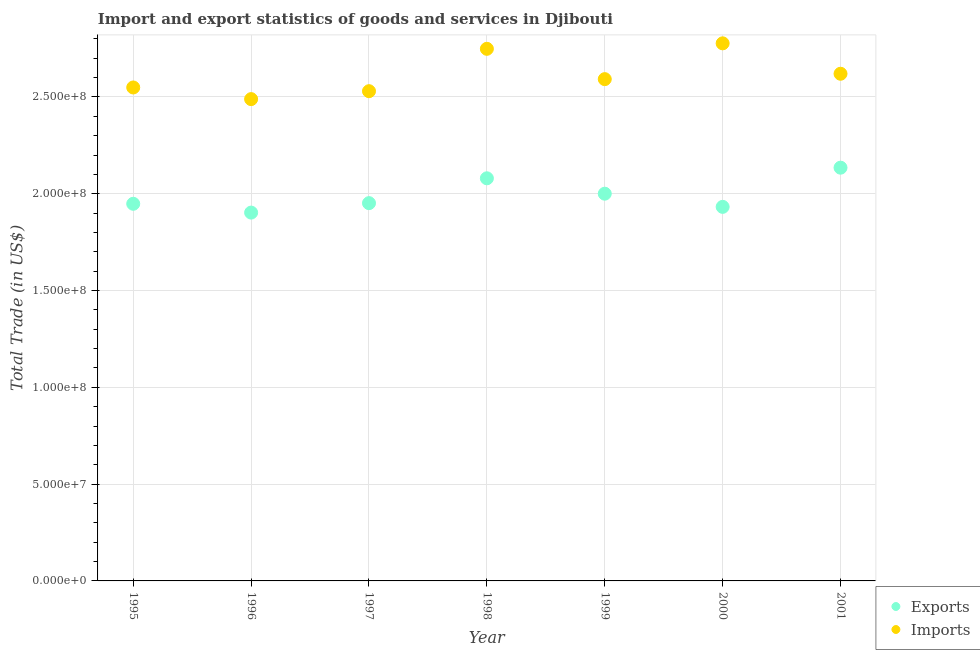
| Year | Exports | Imports |
 | --- | --- | --- |
 | 1995 | 1.95e+08 | 2.55e+08 |
 | 1996 | 1.9e+08 | 2.49e+08 |
 | 1997 | 1.95e+08 | 2.53e+08 |
 | 1998 | 2.08e+08 | 2.75e+08 |
 | 1999 | 2e+08 | 2.59e+08 |
 | 2000 | 1.93e+08 | 2.78e+08 |
 | 2001 | 2.13e+08 | 2.62e+08 |